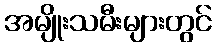
အမျိုးသမီးများတွင်